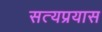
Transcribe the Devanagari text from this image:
सत्यप्रयास